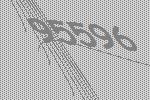
95596